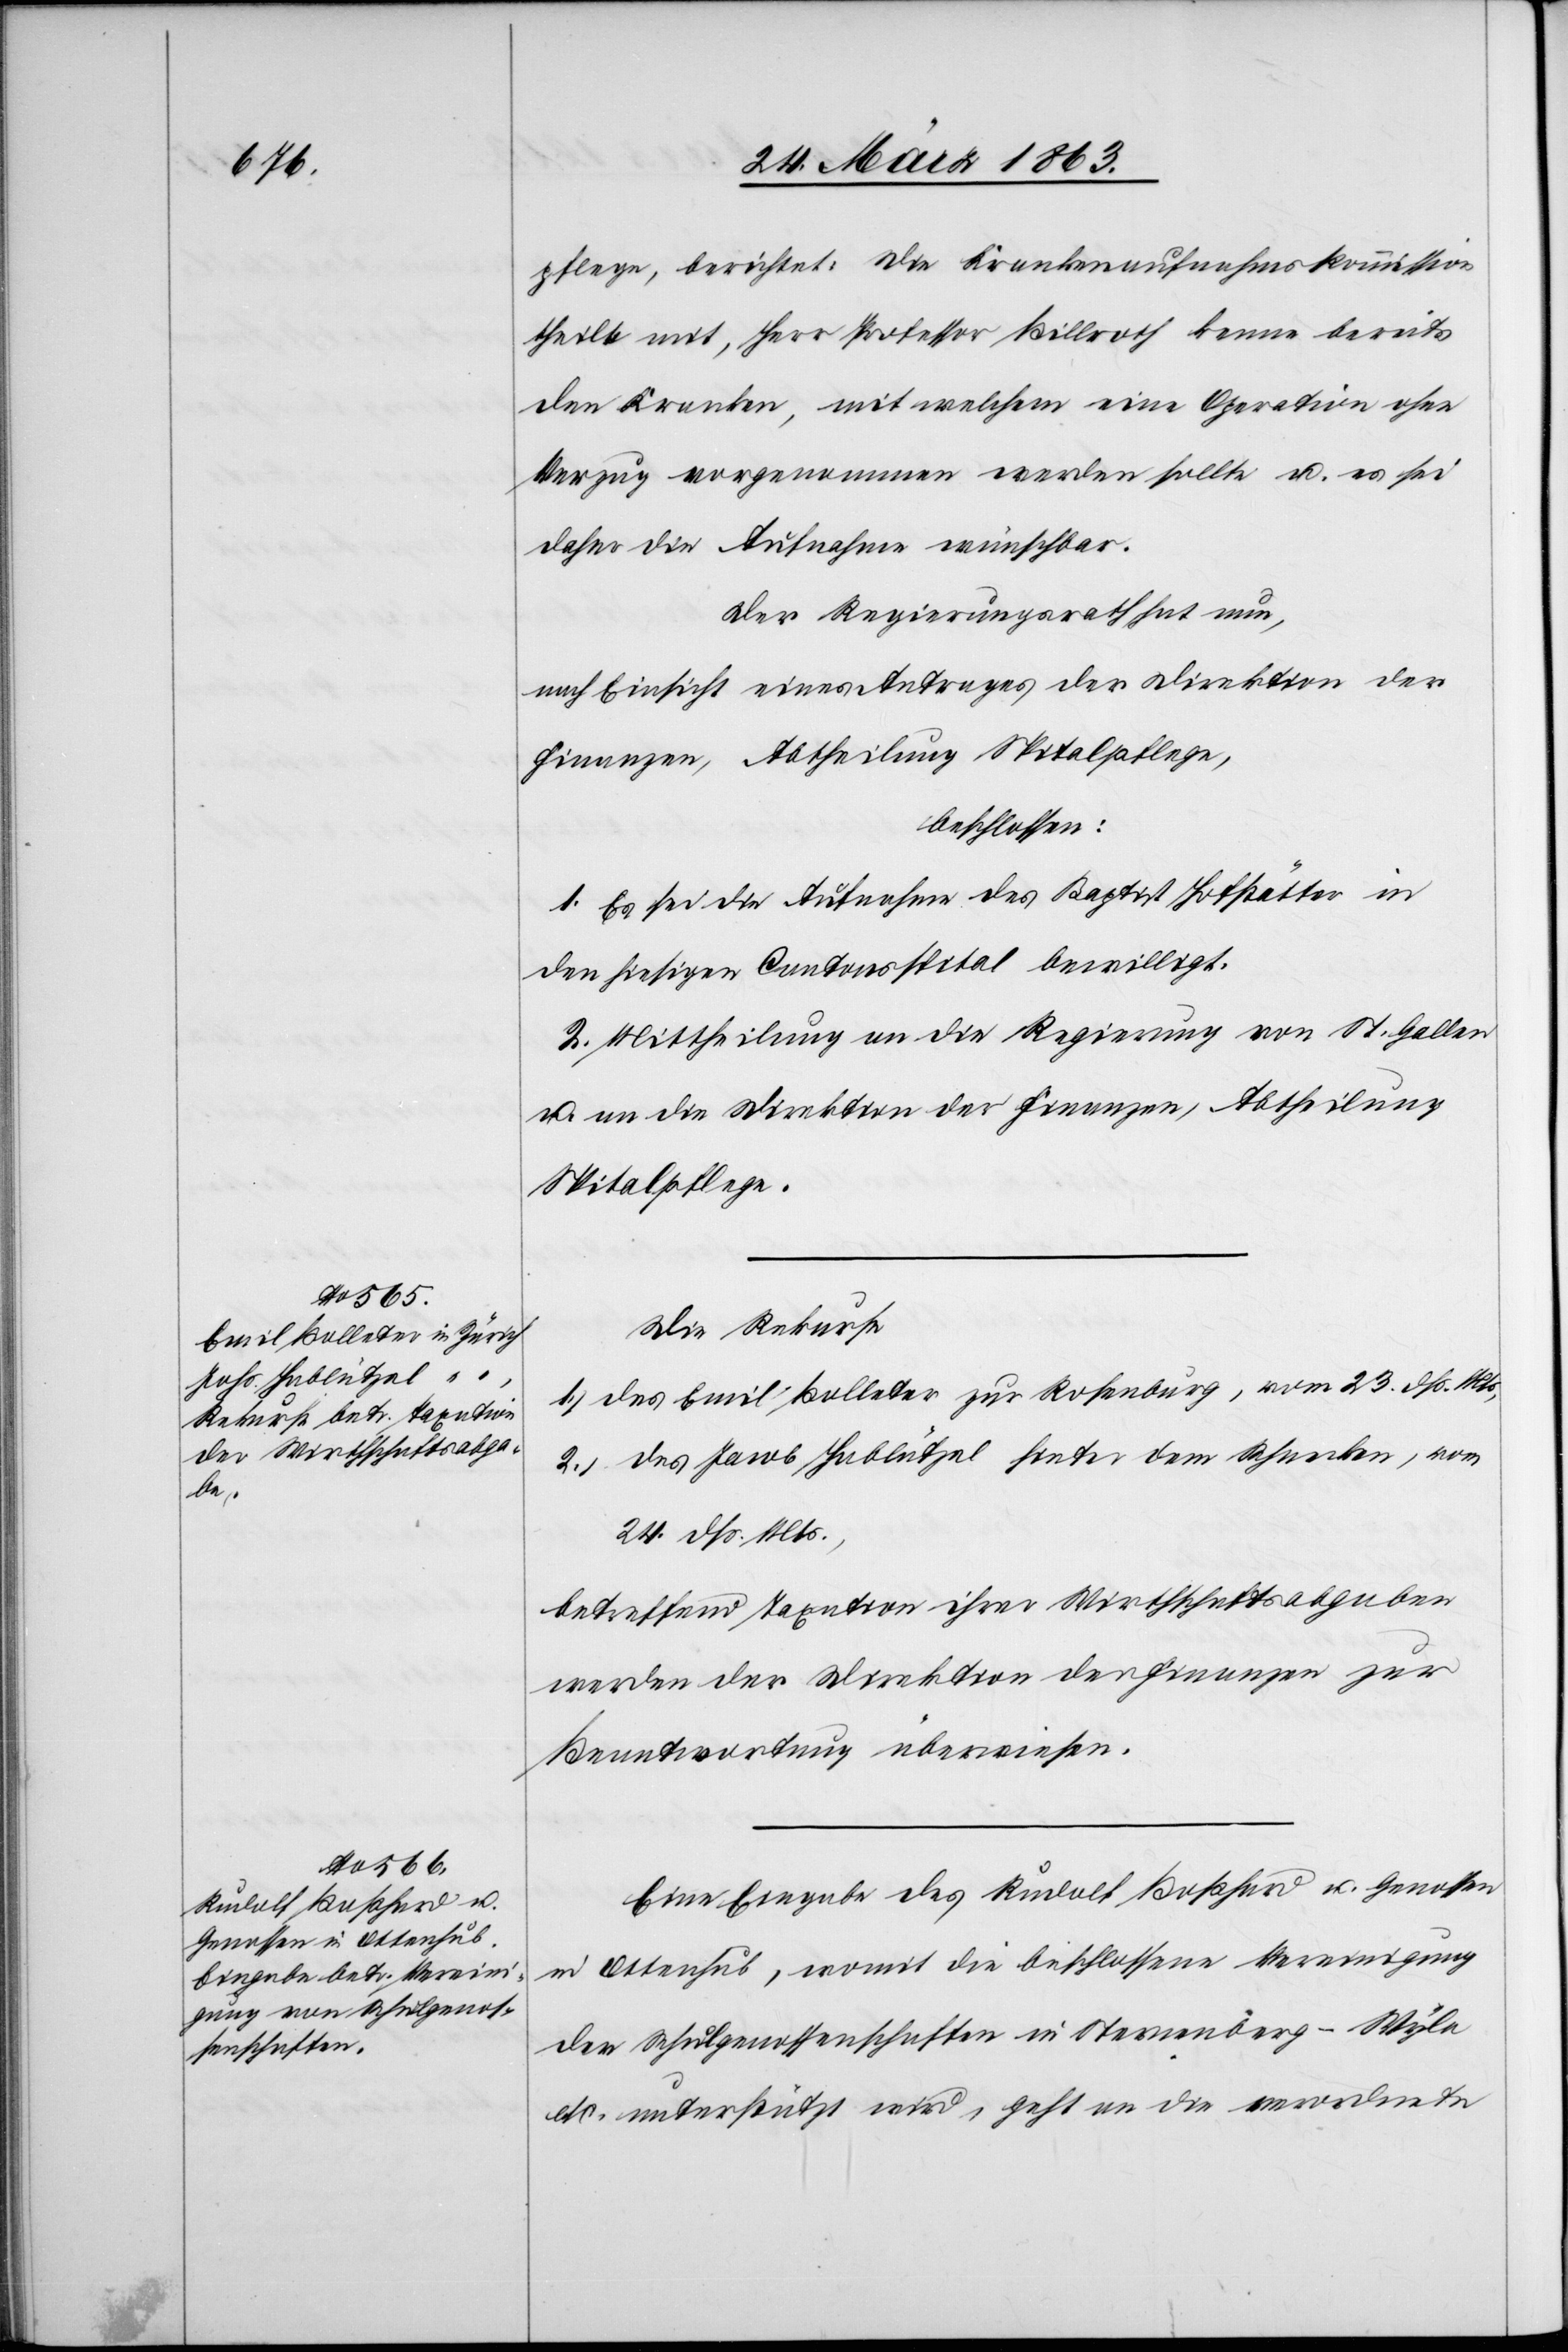
25. März 1863.]
pflege, berichtet: Die Krankenaufnahmskommission
theilt mit, Herr Professor Billroth kenne bereits
den Kranken, mit welchem eine Operation ohne
Verzug vorgenommen werden sollte u. es sei
daher die Aufnahme wünschbar.
Der Regierungsrath hat nun,
nach Einsicht eines Antrages der Direktion der
Finanzen, Abtheilung Spitalpflege,
beschlossen:
1. Es sei die Aufnahme des Baptist Hofstätter in
den hiesigen Cantonsspital bewilligt.
2. Mittheilung an die Regierung von St. Gallen
u. an die Direktion der Finanzen, Abtheilung
Spitalpflege.
Die Rekurse
1.) des Emil Bolleter zur Rosenburg, vom 23. dß. Mts,
2.) des Jacob Hablützel hinter dem Schnecken, vom
24. dß. Mts.,
betreffend Taxation ihrer Wirthschaftsabgaben
werden der Direktion der Finanzen zur
Beantwortung überwiesen.
Eine Eingabe des Rudolf Boßhard u. Genossen
in Ottenhub, womit die beschlossene Vereinigung
den Schulgenossenschaften in Sternenberg-Wyla
etc. unterstützt wird, geht an die verordnete